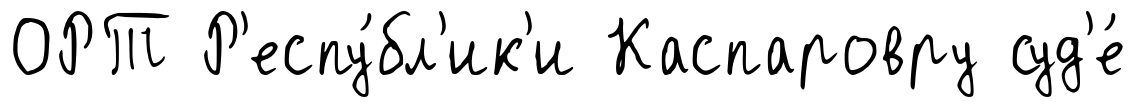
ОРТ Р'еспу́бл'ик'и Каспаровру суд'е́